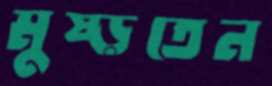
মুষ্‌ড়তেন